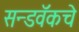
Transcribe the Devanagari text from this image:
सन्डवॅकचे